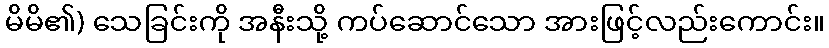
မိမိ၏) သေခြင်းကို အနီးသို့ ကပ်ဆောင်သော အားဖြင့်လည်းကောင်း။